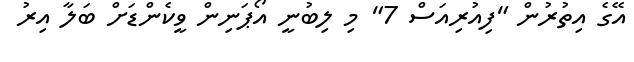
އޭގެ އިތުރުން "ފިއުރިއަސް 7" މި ލިބުނީ އޯޕަނިން ވީކެންޑަށް ބަލާ އިރު